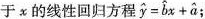
于x的线性回归方程$$\widehat { y } = \widehat { b } x + \widehat { a }$$；